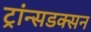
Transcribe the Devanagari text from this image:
ट्रांन्सडक्सन